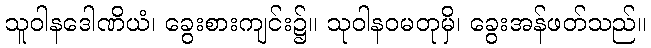
သူဝါနဒေါဏိယံ၊ ခွေးစားကျင်း၌။ သုဝါနဝမတုမှိ၊ ခွေးအန်ဖတ်သည်။